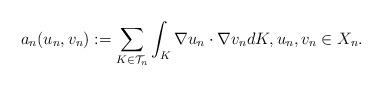
LaTeX: \begin{align*}a_n(u_n, v_n):=\sum_{K \in {\mathcal T}_n} \int_K \nabla u_n \cdot \nabla v_n dK, u_n, v_n \in X_n.\end{align*}